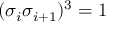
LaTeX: { ( \sigma _ { i } \sigma _ { i + 1 } } ) ^ { 3 } = 1